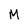
Character: M